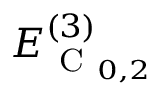
E _ { \mathrm { ~ C ~ } _ { 0 , 2 } } ^ { ( 3 ) }